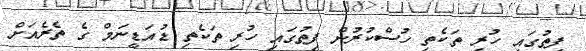
ފިތުގައި ހުރި ތަކެތި ހުސްކުރުން ފިތުގައި ހުރި ތަކެތި ޑުއަޑީނަމް ގެ ތެރެއަށް